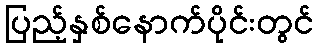
ပြည့်နှစ်နောက်ပိုင်းတွင်